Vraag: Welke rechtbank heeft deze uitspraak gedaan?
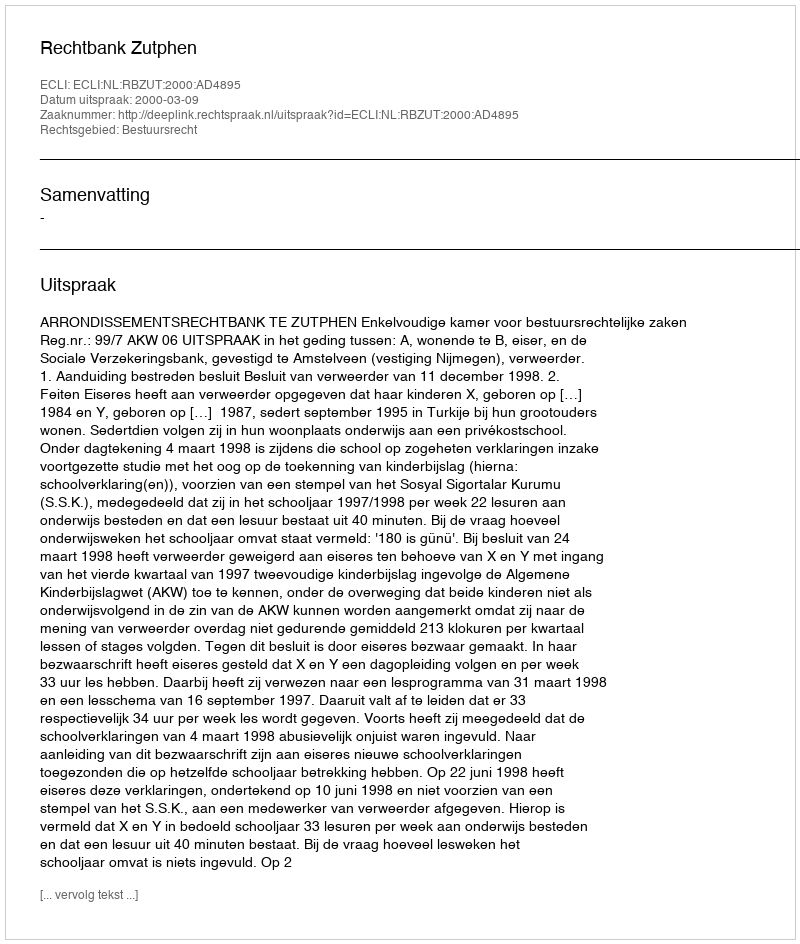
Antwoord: Rechtbank Zutphen